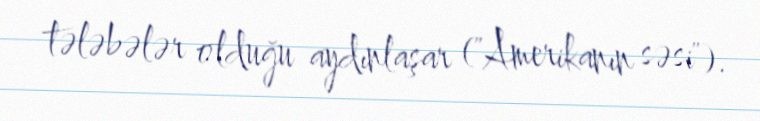
tələbələr olduğu aydınlaşar ("Amerikanın səsi").